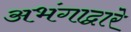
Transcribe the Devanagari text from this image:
अभंगाद्वारे